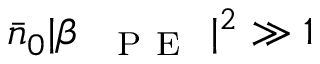
\bar { n } _ { 0 } | \beta _ { \mathrm { ~ \textsc ~ { ~ P ~ E ~ } ~ } } | ^ { 2 } \gg 1